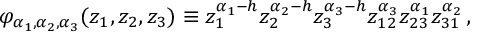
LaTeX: \varphi _ { \alpha _ { 1 } , \alpha _ { 2 } , \alpha _ { 3 } } ( z _ { 1 } , z _ { 2 } , z _ { 3 } ) \equiv z _ { 1 } ^ { \alpha _ { 1 } - h } z _ { 2 } ^ { \alpha _ { 2 } - h } z _ { 3 } ^ { \alpha _ { 3 } - h } z _ { 1 2 } ^ { \alpha _ { 3 } } z _ { 2 3 } ^ { \alpha _ { 1 } } z _ { 3 1 } ^ { \alpha _ { 2 } } \, ,